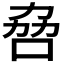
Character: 𫩻